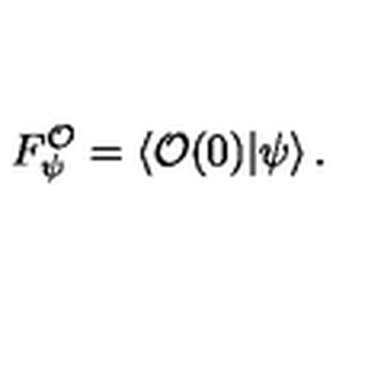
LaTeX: F _ { \psi } ^ { \mathcal { O } } = \left\langle \mathcal { O } ( 0 ) | \psi \right\rangle .